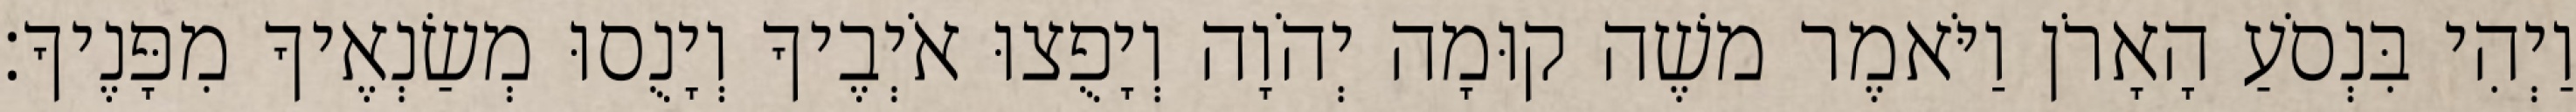
וַיְהִי בִּנְסֹעַ הָאָרֹן וַיֹּאמֶר משֶׁה קוּמָה יְהֹוָה וְיָפֻצוּ אֹיְבֶיךָ וְיָנֻסוּ מְשַׂנְאֶיךָ מִפָּנֶיךָ׃